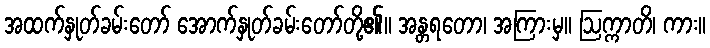
အထက်နှုတ်ခမ်းတော် အောက်နှုတ်ခမ်းတော်တို့၏။ အန္တရတော၊ အကြားမှ။ ဩက္ကာတိ၊ ကား။